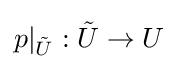
p|_{\tilde {U}}:{\tilde {U}}\rightarrow U